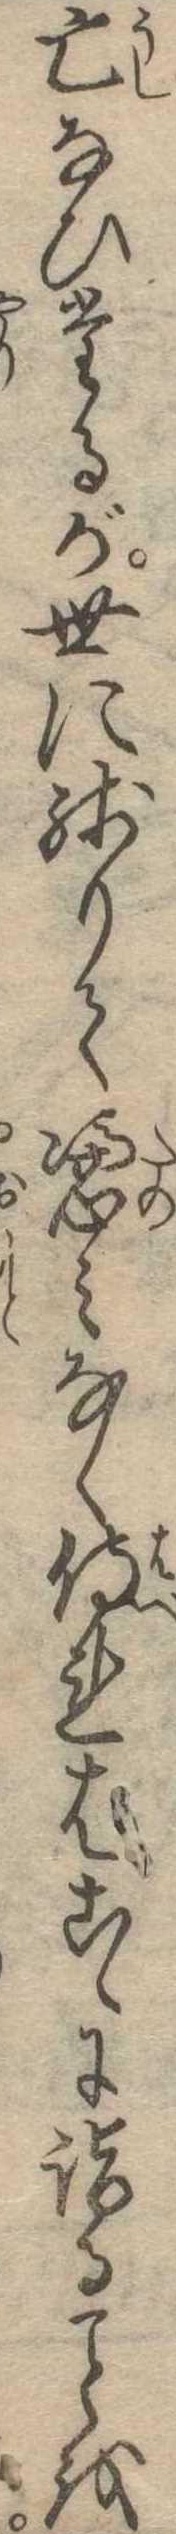
亡なひたるが世に残りて憑みなく侍ればこゝに詣るを